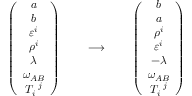
\begin{array} { c c c } { { \left( \begin{array} { c } { { a } } \\ { { b } } \\ { { \varepsilon ^ { i } } } \\ { { \rho ^ { i } } } \\ { { \lambda } } \\ { { \omega _ { A B } } } \\ { { T _ { i } ^ { ~ j } } } \end{array} \right) ~ ~ ~ ~ } } & { { \longrightarrow } } & { { ~ ~ ~ ~ \left( \begin{array} { c } { { b } } \\ { { a } } \\ { { \rho ^ { i } } } \\ { { \varepsilon ^ { i } } } \\ { { - \lambda } } \\ { { \omega _ { A B } } } \\ { { T _ { i } ^ { ~ j } } } \end{array} \right) } } \end{array}